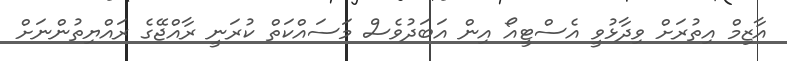
އާޒިމް އިތުރަށް ވިދާޅުވީ އެސްޓީއޯ އިން އަބަދުވެސް މަސައްކަތް ކުރަނީ ރާއްޖޭގެ ރައްޔިތުންނަށް